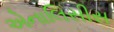
એનાલિસીસ